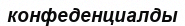
конфеденциалды